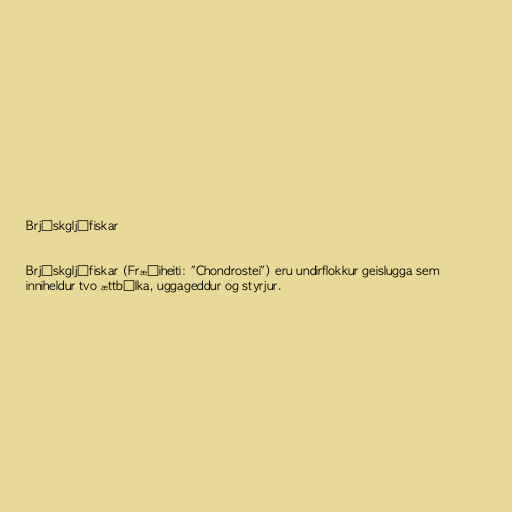
Brjóskgljáfiskar

Brjóskgljáfiskar (Fræðiheiti: "Chondrostei") eru undirflokkur geislugga sem
inniheldur tvo ættbálka, uggageddur og styrjur.